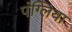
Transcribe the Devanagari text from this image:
पंग्लिया